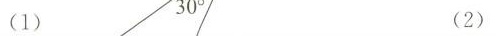
(1) （2）